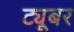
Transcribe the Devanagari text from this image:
ट्यूबर